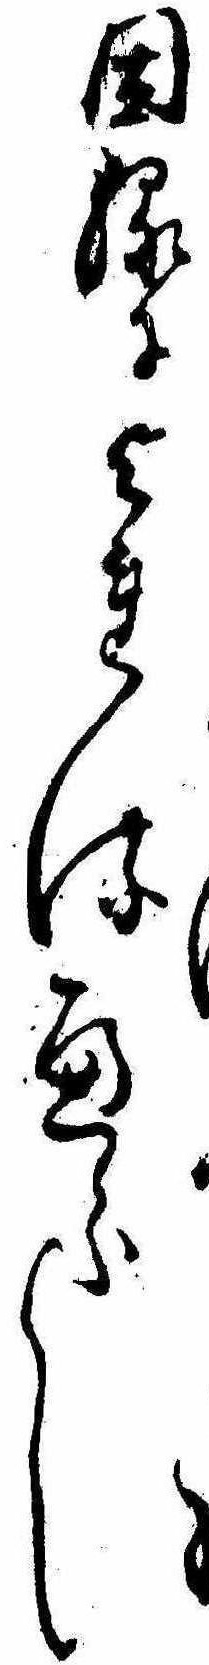
因縁によれるへらし